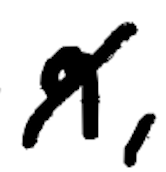
Text: 9,
Cross-out: mix
Writing tool: digital_black